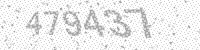
Solution: 479437